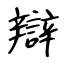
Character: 辯